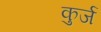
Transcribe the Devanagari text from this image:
कुर्ज